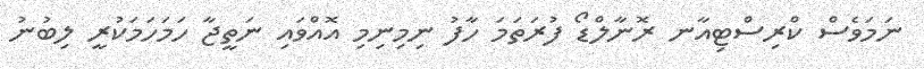
ނަމަވެސް ކްރިސްޓިއާނ ރޮނާލްޑޯ ފުރަތަމަ ހާފު ނިމިނިމި އޮއްވައި ނަތީޖާ ހަމަހަމަކުރީ ލިބުނު